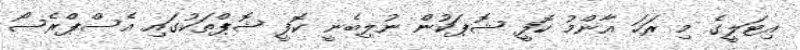
އިޓަލީގެ މި ރަހަ އާންމު ކޮފީ ޝޮޕަކުން ނުލިބެނީ ކޮފީ ޝޮޕްތަކުގައި އެސްޕްރެސޯ